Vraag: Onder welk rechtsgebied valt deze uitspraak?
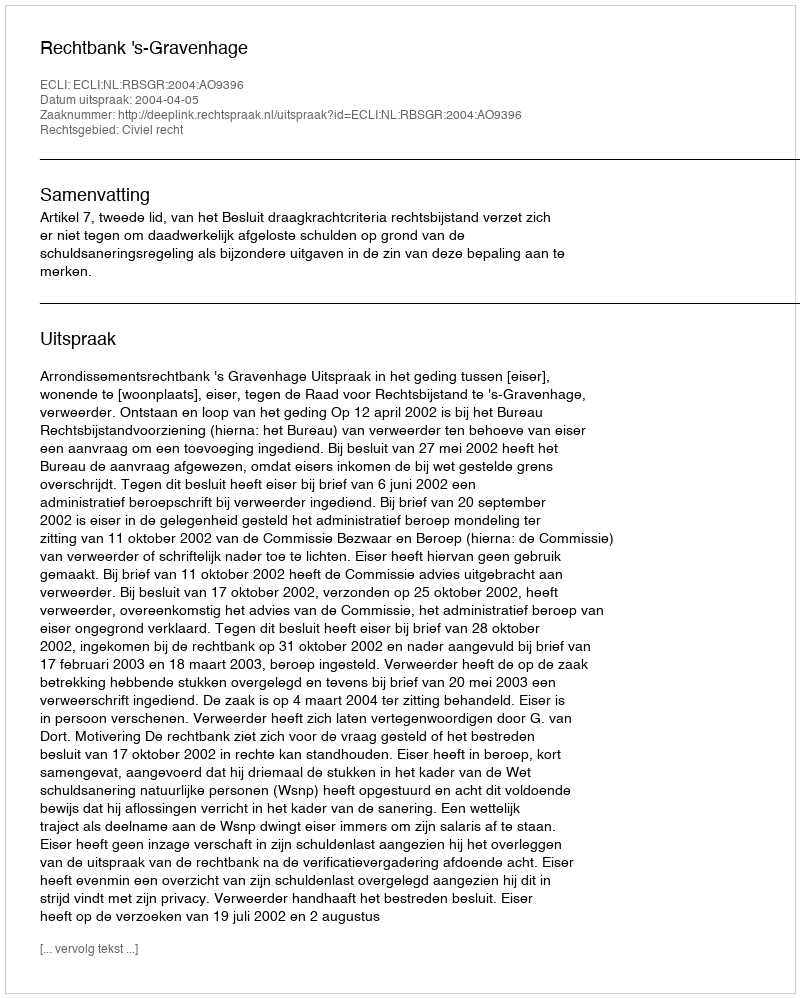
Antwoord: Civiel recht